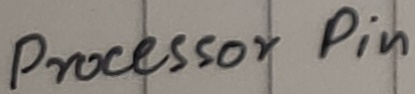
Text: Processor Pin